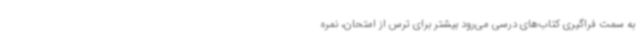
به سمت فراگیری کتاب‌های درسی می‌رود بیشتر برای ترس از امتحان، نمره